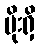
ပိုးရှိ